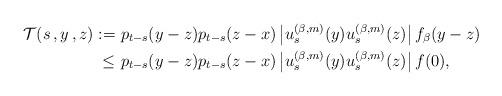
LaTeX: \begin{align*}\mathcal{T}(s\,,y\,,z) :=&\ p_{t-s}(y-z) p_{t-s}(z-x)\left| u^{(\beta,m)}_s(y) u^{(\beta,m)}_s(z) \right|f_\beta(y-z) \\\le&\ p_{t-s}(y-z) p_{t-s}(z-x)\left| u^{(\beta,m)}_s(y) u^{(\beta,m)}_s(z) \right|f(0),\end{align*}